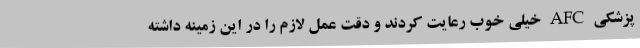
پزشکی AFC خیلی خوب رعایت کردند و دقت عمل لازم را در این زمینه داشته